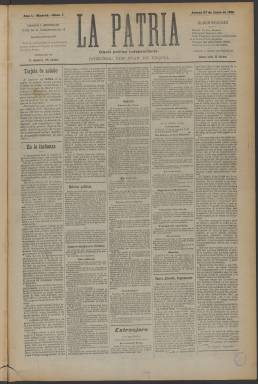
Título: La Patria (Madrid. 1901)
Colección: Periódicos
Ámbito geográfico: Madrid
Lugar de publicación: Madrid
Fechas: 27/06/1901-29/11/1901